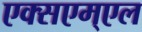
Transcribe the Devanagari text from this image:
एक्सएम्एल